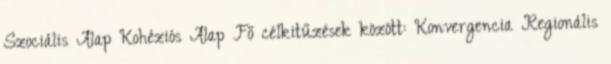
Szociális Alap Kohéziós Alap Fő célkitűzések között: Konvergencia Regionális